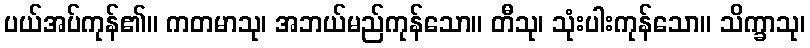
ပယ်အပ်ကုန်၏။ ကတမာသု၊ အဘယ်မည်ကုန်သော။ တီသု၊ သုံးပါးကုန်သော။ သိက္ခာသု၊